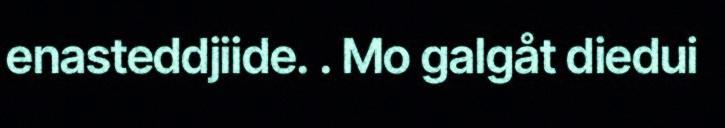
enasteddjiide. . Mo galgåt diedui